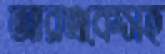
আরএকেসহ